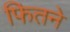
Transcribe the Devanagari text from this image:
फितने